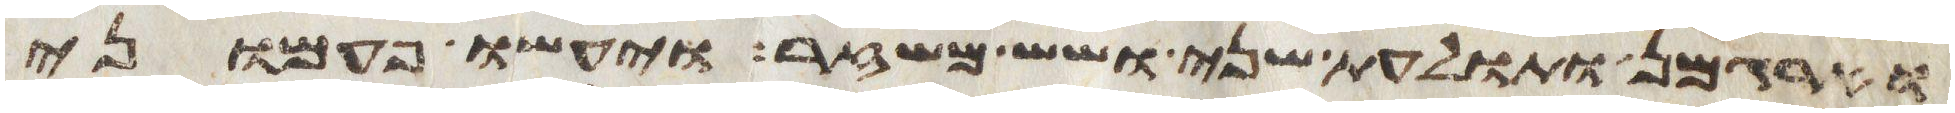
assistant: וארגמן ותולעת שני ושש משזר ויעשו פעמוני